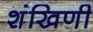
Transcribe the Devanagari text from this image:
शंखिणी